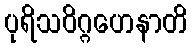
ပုရိသဝိဂ္ဂဟေနာတိ